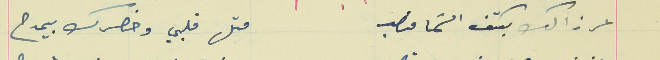
عرزالك بكتف السَما منصب                                         متل قلبي وخصرك بيمدح